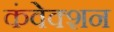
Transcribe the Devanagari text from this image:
कंवेक्शन